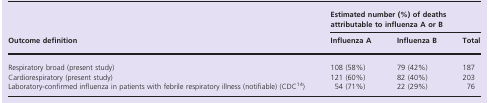
<table><thead><tr><td rowspan="3"><b>Outcome definition</b></td><td colspan="3"><b>Estimated number (%) of deaths attributable to influenza A or B</b></td></tr><tr><td><b>Influenza A</b></td><td><b>Influenza B</b></td><td><b>Total</b></td></tr></thead><tbody><tr><td>Respiratory broad (present study)</td><td>108 (58%)</td><td>79 (42%)</td><td>187</td></tr><tr><td>Cardiorespiratory (present study)</td><td>121 (60%)</td><td>82 (40%)</td><td>203</td></tr><tr><td>Laboratory-confirmed influenza in patients with febrile respiratory illness (notifiable) (CDC14)</td><td>54 (71%)</td><td>22 (29%)</td><td>76</td></tr></tbody></table>